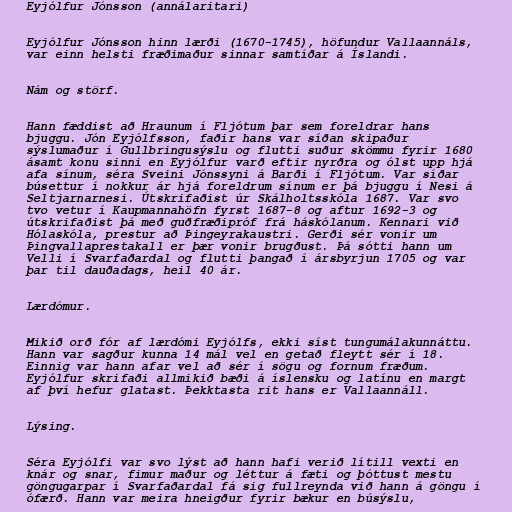
Eyjólfur Jónsson (annálaritari)

Eyjólfur Jónsson hinn lærði (1670-1745), höfundur Vallaannáls,
var einn helsti fræðimaður sinnar samtíðar á Íslandi.

Nám og störf.

Hann fæddist að Hraunum í Fljótum þar sem foreldrar hans
bjuggu. Jón Eyjólfsson, faðir hans var síðan skipaður
sýslumaður í Gullbringusýslu og flutti suður skömmu fyrir 1680
ásamt konu sinni en Eyjólfur varð eftir nyrðra og ólst upp hjá
afa sínum, séra Sveini Jónssyni á Barði í Fljótum. Var síðar
búsettur í nokkur ár hjá foreldrum sínum er þá bjuggu í Nesi á
Seltjarnarnesi. Útskrifaðist úr Skálholtsskóla 1687. Var svo
tvo vetur í Kaupmannahöfn fyrst 1687-8 og aftur 1692-3 og
útskrifaðist þá með guðfræðipróf frá háskólanum. Kennari við
Hólaskóla, prestur að Þingeyrakaustri. Gerði sér vonir um
Þingvallaprestakall er þær vonir brugðust. Þá sótti hann um
Velli í Svarfaðardal og flutti þangað í ársbyrjun 1705 og var
þar til dauðadags, heil 40 ár.

Lærdómur.

Mikið orð fór af lærdómi Eyjólfs, ekki síst tungumálakunnáttu.
Hann var sagður kunna 14 mál vel en getað fleytt sér í 18.
Einnig var hann afar vel að sér í sögu og fornum fræðum.
Eyjólfur skrifaði allmikið bæði á íslensku og latínu en margt
af því hefur glatast. Þekktasta rit hans er Vallaannáll.

Lýsing.

Séra Eyjólfi var svo lýst að hann hafi verið lítill vexti en
knár og snar, fimur maður og léttur á fæti og þóttust mestu
göngugarpar í Svarfaðardal fá sig fullreynda við hann á göngu í
ófærð. Hann var meira hneigður fyrir bækur en búsýslu,